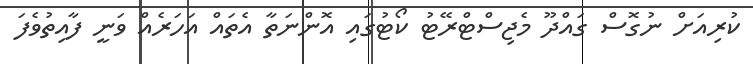
ކުރިއަށް ނުގޮސް ގައްދޫ މެޖިސްޓްރޭޓު ކޯޓުގައި އޮންނަތާ އެތައް އަހަރެއް ވަނީ ފާއިތުވެފަ